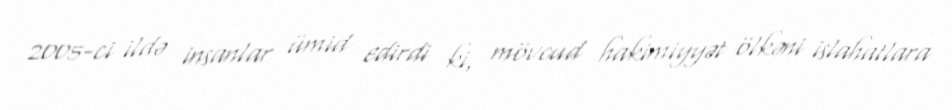
2005-ci ildə insanlar ümid edirdi ki, mövcud hakimiyyət ölkəni islahatlara